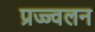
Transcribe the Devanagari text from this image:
प्रज्ज्वलन